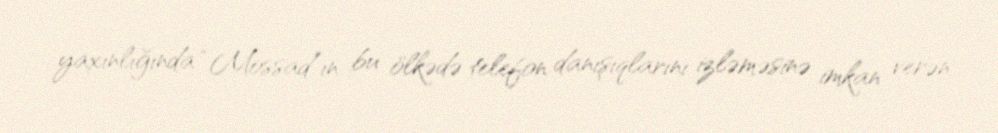
yaxınlığında “Mossad”ın bu ölkədə telefon danışıqlarını izləməsinə imkan verən